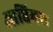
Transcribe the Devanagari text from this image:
आप्तिमस